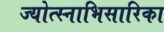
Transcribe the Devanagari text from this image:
ज्योत्स्नाभिसारिका